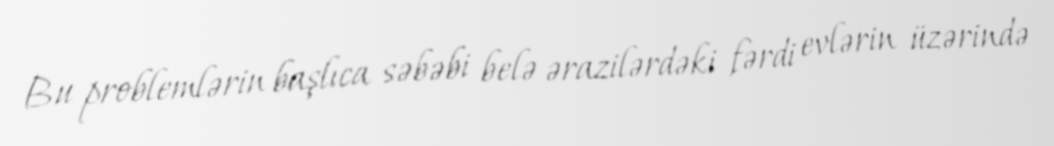
Bu problemlərin başlıca səbəbi belə ərazilərdəki fərdi evlərin üzərində